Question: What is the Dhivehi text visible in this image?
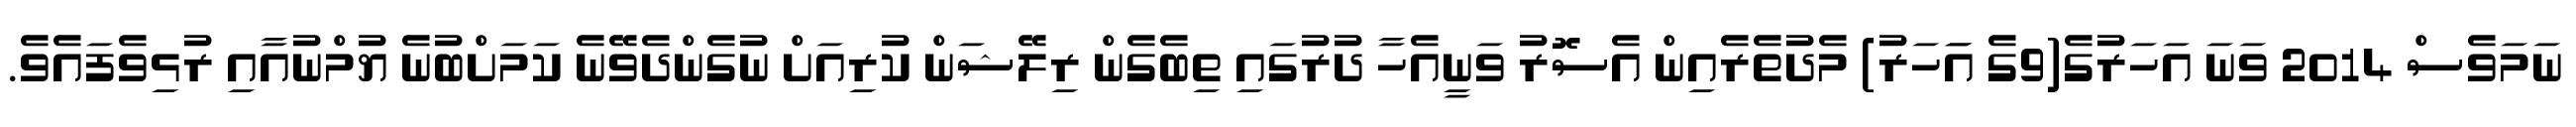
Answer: ނަމަވެސް 2014 ވަނަ އަހަރުގެ(9ގެ އަަހަރު) މެދުތެރެއިން އެސޮރު ވަނީއެހާ ދުރުގައި ތިބެގެން ރިލޭޝަން ކުރިއަށް ނުގެންދެވޭނެ ކަމަށްބުނެ ޔުމްނުއާއި ރުޅިވެފައެވެ.